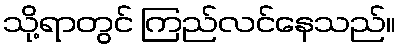
သို့ရာတွင် ကြည်လင်နေသည်။